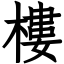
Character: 樓